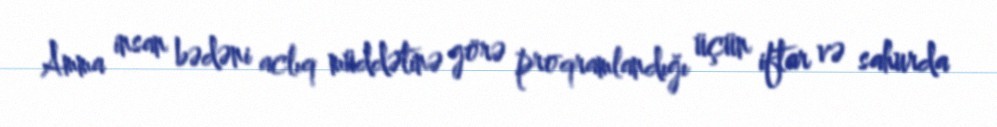
Amma insan bədəni aclıq müddətinə görə proqramlandığı üçün iftar və sahurda